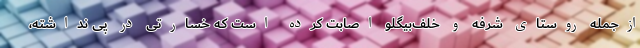
ازجمله روستای شرفه و خلف‌بیگلو اصابت کرده است که خسارتی در پی نداشته،